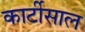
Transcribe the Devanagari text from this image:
कार्टीसाल